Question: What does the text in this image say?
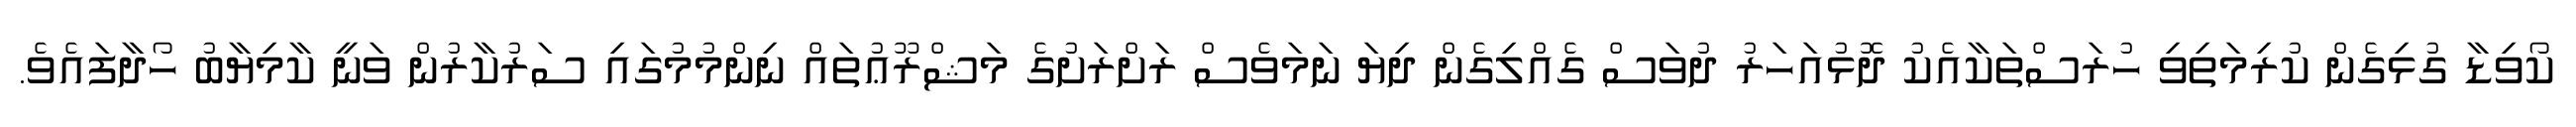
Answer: ކޯވިޑާ ގުޅިގެން ކުރިމަތިވި ހުރަސްތަކާއެކު ދޮޅުއަހަރު ދުވަސް ގެއްލިގެން ދިޔަ ނަމަވެސް ރަށްރަށުގެ މަޝްރޫޢުތައް ނިންމުމުގައި ސަރުކާރުން ވަނީ ކާމިޔާބު ހޯދާފައެވެ.